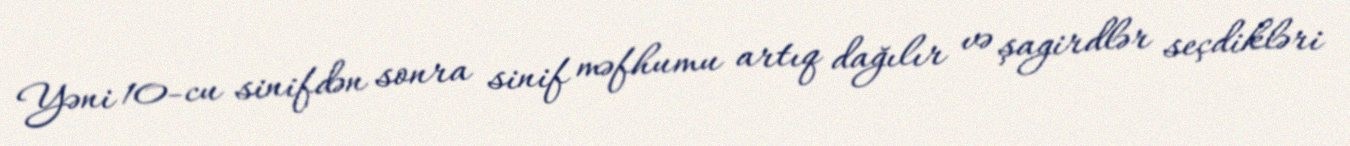
Yəni 10-cu sinifdən sonra sinif məfhumu artıq dağılır və şagirdlər seçdikləri